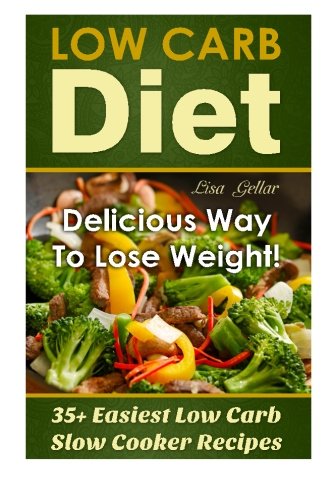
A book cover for Low Carb Diet: Delicious Way To Lose Weight!  35 Easiest Low Carb Slow Cooker Recipes: Low carb Crockpot, Gluten free diet, Paleo, Weight Loss ... low carb high protein diet) (Volume 2); Lisa Gellar; Cookbooks, Food & Wine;